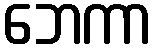
ဘေကာ